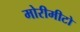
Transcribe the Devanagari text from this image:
मोरीमीटो